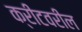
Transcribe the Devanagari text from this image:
क्रीटवरील